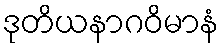
ဒုတိယနာဂဝိမာနံ